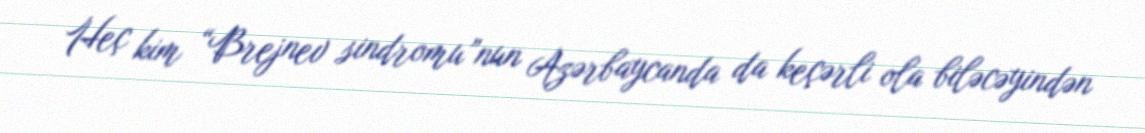
Heç kim “Brejnev sindromu”nun Azərbaycanda da keçərli ola biləcəyindən